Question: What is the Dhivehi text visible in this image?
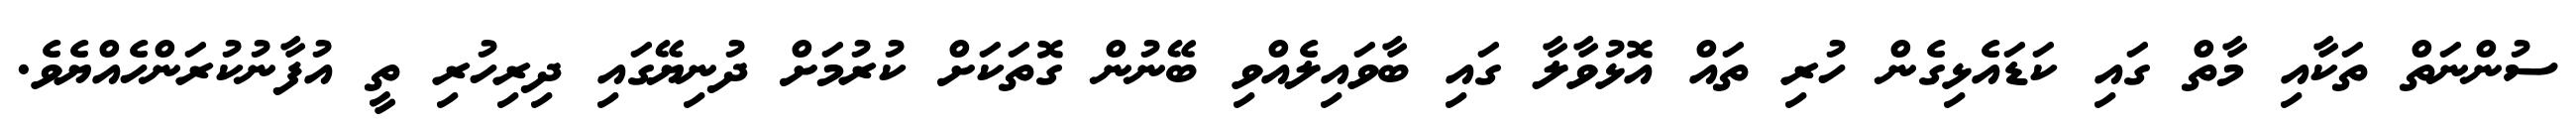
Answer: ސުންނަތް ތަކާއި މާތް ގައި ކަޑައެޅިގެން ހުރި ތައް އޮޅުވާލާ ގައި ބާވައިލެއްވި ބޭނުން ގޮތަކަށް ކުރުމަށް ދުނިޔޭގައި ދިރިހުރި ތީ އުފާނުކުރަންހެއްޔެވެ.